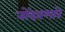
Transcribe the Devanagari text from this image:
नोंदवणारे